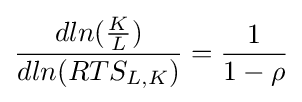
{\frac {dln({\frac {K}{L}})}{dln(RTS_{L,K})}}={\frac {1}{1-\rho }}